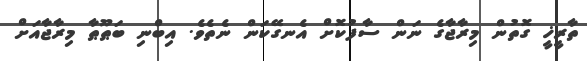
ތާރީޚީ ގޮތުން މިރާޖާގެ ނަން ސާފުކޮށް އެނގޭކަން ނެތެވެ. އިބްނި ބަޠޫޠާ މިރާޖާއަށް